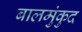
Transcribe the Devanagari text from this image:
बालमुंकुद